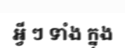
អ្វី ៗ ទាំង ក្នុង